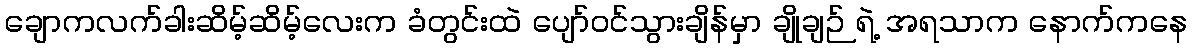
ချောကလက်ခါးဆိမ့်ဆိမ့်လေးက ခံတွင်းထဲ ပျော်ဝင်သွားချိန်မှာ ချိုချဉ် ရဲ့ အရသာက နောက်ကနေ